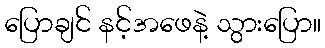
ပြောချင် နင့်အဖေနဲ့ သွားပြော။